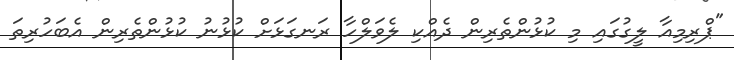
"ޕްރިމިއާ ލީގުގައި މި ކުޅުންތެރިން ދެއްކި ލެވަލްހާ ރަނގަޅަށް ކުޅުނު ކުޅުންތެރިން އެބަހުރިތަ